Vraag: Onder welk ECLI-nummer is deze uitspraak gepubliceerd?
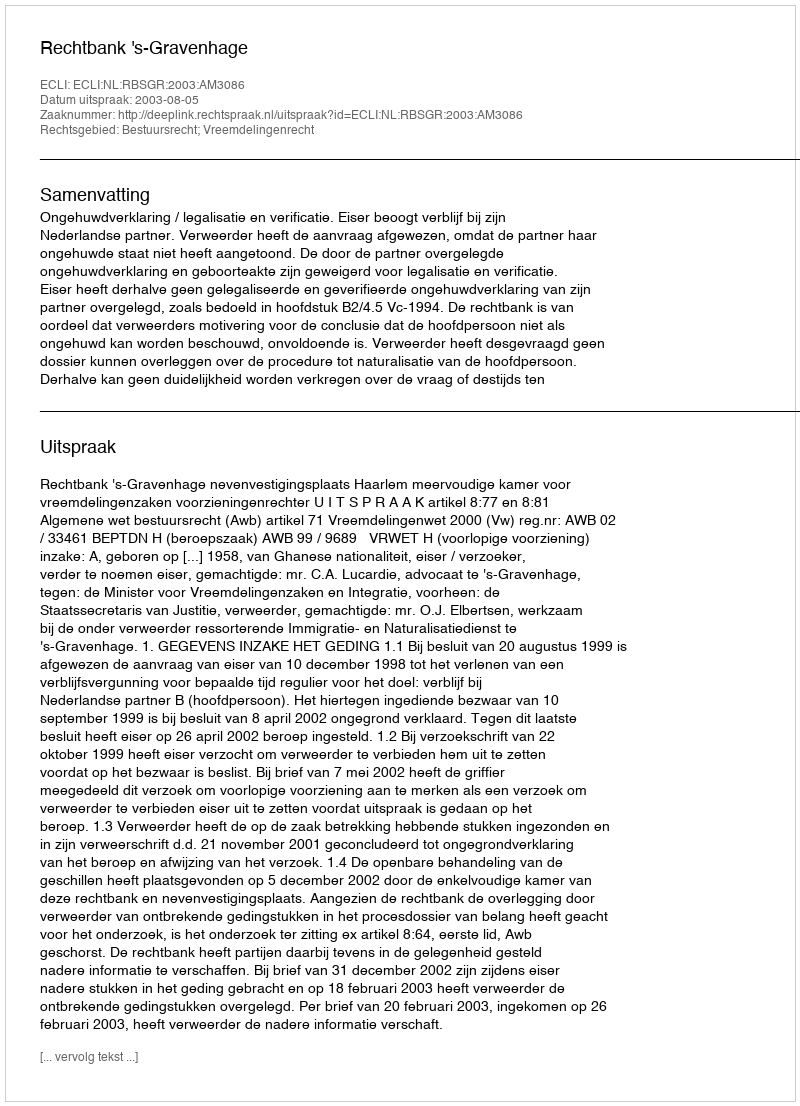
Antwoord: ECLI:NL:RBSGR:2003:AM3086